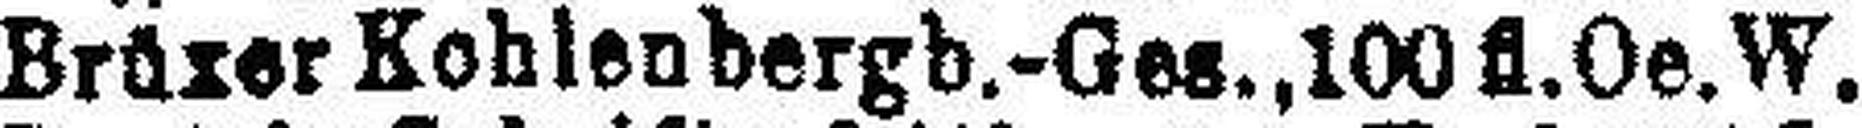
Brüzer Kohlenbergb.-Ges., 100 fl. Oe. W.